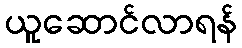
ယူဆောင်လာရန်